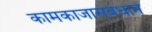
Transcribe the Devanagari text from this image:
कामकाजासंबंधाने